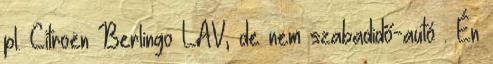
pl. Citroën Berlingo LAV, de nem szabadidő-autó . Én